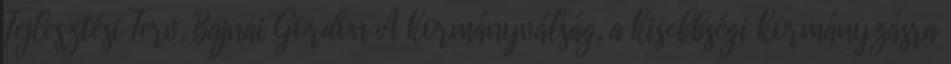
Fejlesztési Terv, Bajnai Gordon A kormányválság, a kisebbségi kormányzásra